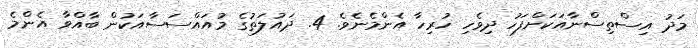
މަދު އިސްތިސްނާއަކަށްފަހު ދިވެހި ހުރިހާ އެންމެނެވެ. 4. ދައުލަތުގެ މުއައްސަސާއަކުން ބާއްވާ އެންމެ